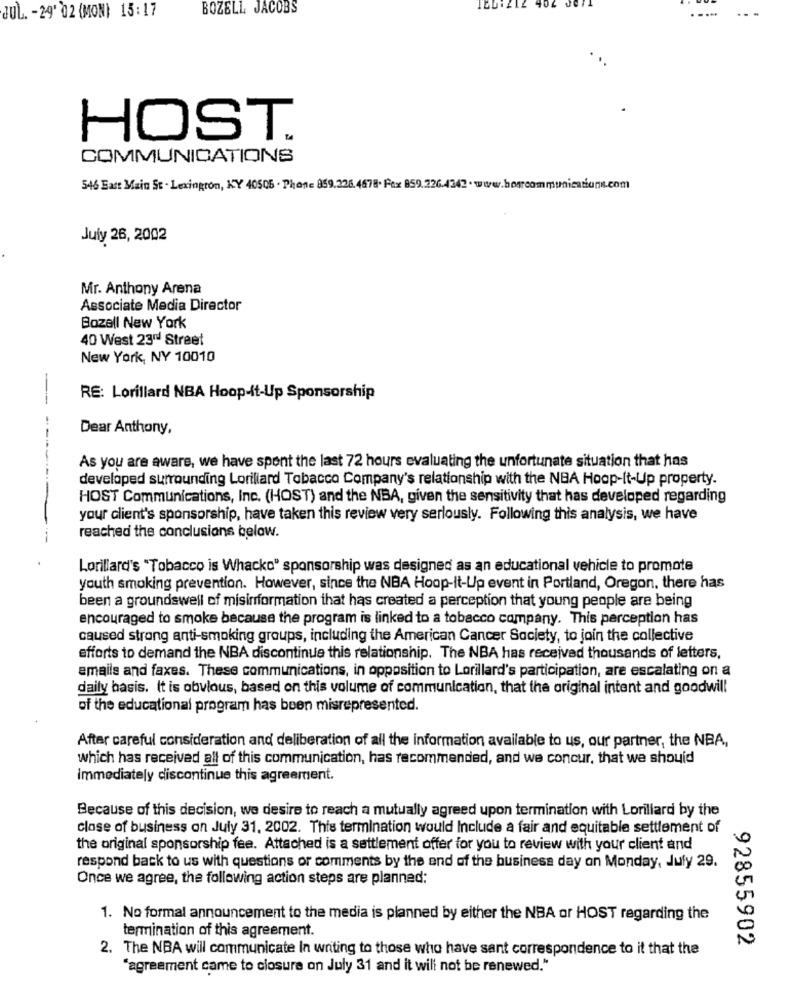
40
BOZELL JACOBS
JUL. - 29' 02 (MON) 15:17
HOST.
COMMUNICATIONS
546 Satt Main St . Lexington, KY 40505 . Phone 859.226.4678. Fax 859.226.4342 . www.hoorcommunications.com
July 26, 2002
Mr. Anthony Arena
Associate Media Director
Bozell New York
40 West 23rd Street
New York, NY 10010
RE: Lorillard NBA Hoop-It-Up Sponsorship
Dear Anthony,
As you are aware, we have spent the last 72 hours evaluating the unfortunate situation that has
developed surrounding Lorillard Tobacco Company's relationship with the NBA Hoop-It-Up property.
HOST Communications, Inc. (HOST) and the NBA, given the sensitivity that has developed regarding
your client's sponsorship, have taken this review very seriously. Following this analysis, we have
-
reached the conclusions below.
Lorillard's "Tobacco is Whacko" sponsorship was designed as an educational vehicle to promote
youth smoking prevention. However, since the NBA Hoop-It-Up event in Portland, Oregon, there has
been a groundswell of misinformation that has created a perception that young people are being
encouraged to smoke because the program is linked to a tobacco company. This perception has
caused strong anti-smoking groups, including the American Cancer Society, to join the collective
efforts to demand the NBA discontinue this relationship. The NBA has received thousands of letters,
emails and faxes. These communications, in opposition to Lorillard's participation, are escalating on a
daily basis. It is obvious, based on this volume of communication, that the original intent and goodwill
of the educational program has been misrepresented.
After careful consideration and deliberation of all the information available to us, our partner, the NBA,
which has received all of this communication, has recommended, and we concur, that we should
Immediately discontinue this agreement.
Because of this decision, we desire to reach a mutually agreed upon termination with Lorillard by the
close of business on July 31, 2002. This termination would Include a fair and equitable settlement of
the original sponsorship fee. Attached is a settlement offer for you to review with your client and
respond back to us with questions or comments by the end of the business day on Monday, July 29.
Once we agree, the following action steps are planned:
1. No formal announcement to the media is planned by either the NBA or HOST regarding the
termination of this agreement.
92855902
2. The NBA will communicate In writing to those who have sant correspondence to it that the
"agreement came to closure on July 31 and it will not be renewed."